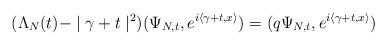
LaTeX: \begin{align*}(\Lambda_{N}(t)-\mid\gamma+t\mid^{2})(\Psi_{N,t},e^{i\left\langle\gamma+t,x\right\rangle })=(q\Psi_{N,t},e^{i\left\langle \gamma+t,x\right\rangle })\end{align*}